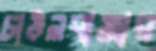
চাউলবাজার